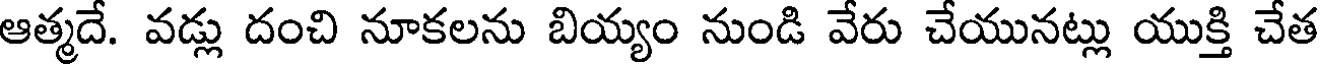
ఆత్మదే. వడ్లు దంచి నూకలను బియ్యం నుండి వేరు చేయునట్లు యుక్తి చేత